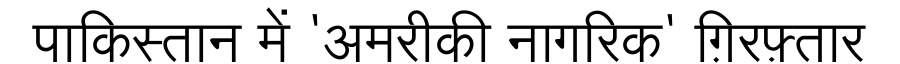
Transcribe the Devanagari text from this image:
पाकिस्तान में 'अमरीकी नागरिक' ग़िरफ़्तार